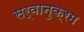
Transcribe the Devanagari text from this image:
सर्वानुक्रम